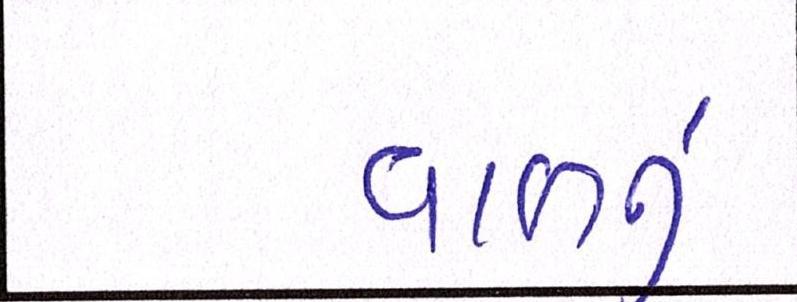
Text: વાળનું